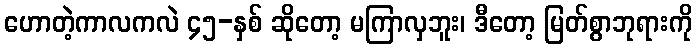
ဟောတဲ့ကာလကလဲ ၄၅-နှစ် ဆိုတော့ မကြာလှဘူး၊ ဒီတော့ မြတ်စွာဘုရားကို